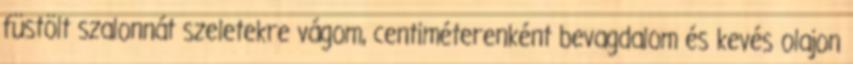
füstölt szalonnát szeletekre vágom, centiméterenként bevagdalom és kevés olajon